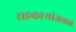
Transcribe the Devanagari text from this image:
सहकार्‍यांजवळ